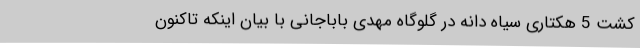
کشت 5 هکتاری سیاه دانه در گلوگاه مهدی باباجانی با بیان اینکه تاکنون